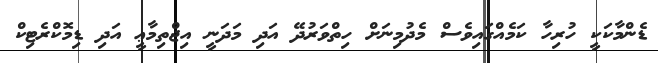
ޑެންމާކަކީ ހުރިހާ ކަމެއްގައިވެސް މެދުމިނަށް ހިތްވަރުދޭ އަދި މަދަނީ އިޖްތިމާޢީ އަދި ޑިމޮކްރެޓިކް